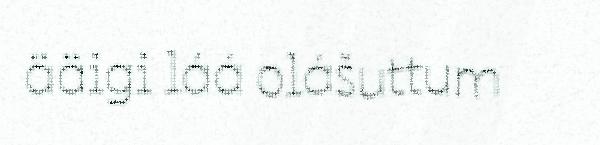
ääigi láá olášuttum